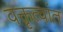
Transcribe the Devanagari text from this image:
वक्तृत्वांत